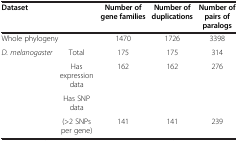
| <COLSPAN=2> Dataset | Number of gene families | Number of duplications | Number of pairs of paralogs |
 | --- | --- | --- | --- | --- |
 | <COLSPAN=2> Whole phylogeny | 1470 | 1726 | 3398 |
 | <ROWSPAN=3> D. melanogaster | Total | 175 | 175 | 314 |
 | Has expression data | 162 | 162 | 276 |
 | Has SNP data |  |  |  |
 |  | (>2 SNPs per gene) | 141 | 141 | 239 |